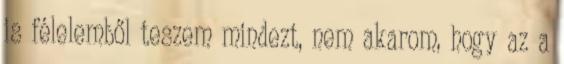
is félelemből teszem mindezt, nem akarom, hogy az a